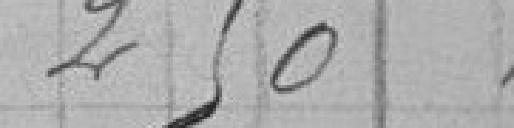
250,00